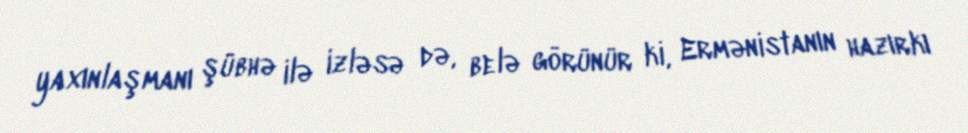
yaxınlaşmanı şübhə ilə izləsə də, belə görünür ki, Ermənistanın hazırkı